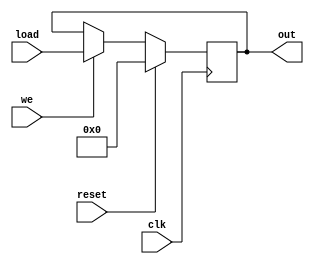

module RegisterWithWE #(parameter W= 4) (clk, reset, we, load, out);

	input clk, reset, we;
	input [W-1:0] load;
	output reg [W-1:0] out;

	always @ (posedge clk)
	begin
		if(reset == 1) begin
			out <= 0;
		end else begin
			if(we == 1) begin
				out <= load;
			end
		end
	
	end
endmodule